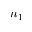
n _ { 1 }